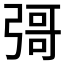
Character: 彁